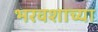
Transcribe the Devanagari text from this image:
भरवशाच्या